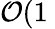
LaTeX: \mathcal{O}(1\